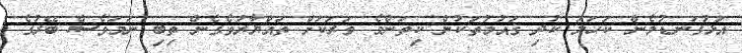
އަޅުގަނޑުމެން ކަހަލަ ކުދި ޤައުމުތަކުން ކިތަންމެ ވަރަކަށް ތައްޔާރުވެގެން ތިބި ނަމަވެސް ބޭރުގެ